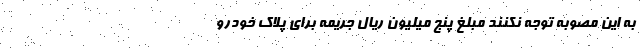
به این مصوبه توجه نکنند مبلغ پنج میلیون ریال جریمه برای پلاک خودرو